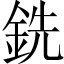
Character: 銑